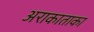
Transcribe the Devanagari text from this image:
अराकाताका